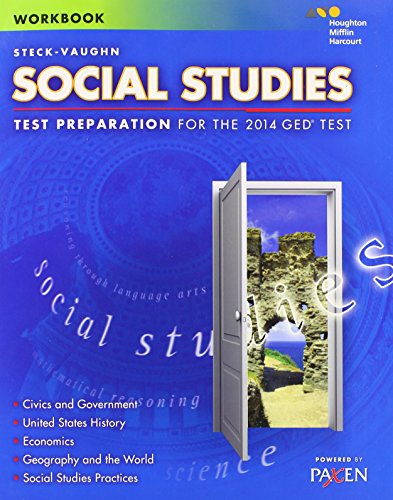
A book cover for Steck-Vaughn GED: Test Preparation Student Workbook Social Studies; STECK-VAUGHN; Test Preparation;